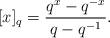
LaTeX: \begin{align*}[x]_q=\frac{q^{x}-q^{-x}}{q-q^{-1}}. \end{align*}